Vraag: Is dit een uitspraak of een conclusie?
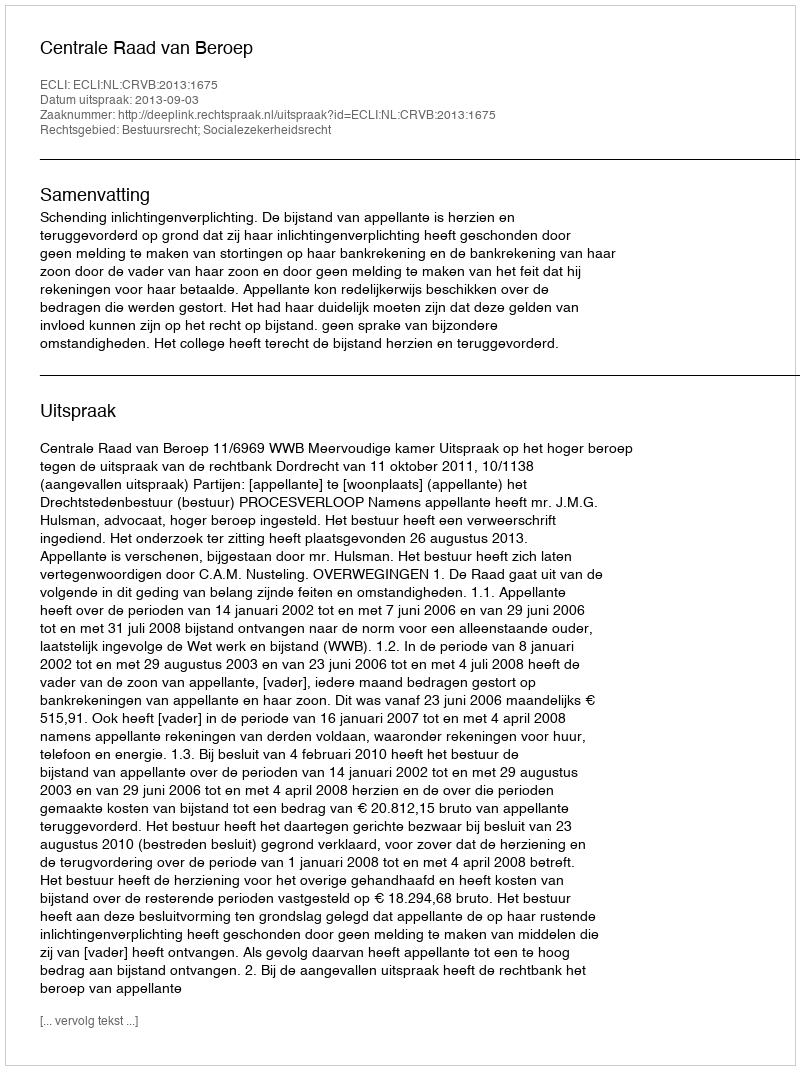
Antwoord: Uitspraak